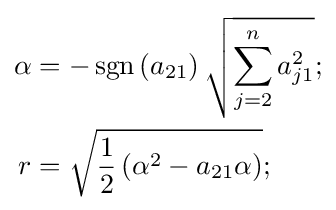
{\begin{aligned}\alpha &=-\operatorname {sgn} \left(a_{21}\right){\sqrt {\sum _{j=2}^{n}a_{j1}^{2}}};\\r&={\sqrt {{\frac {1}{2}}\left(\alpha ^{2}-a_{21}\alpha \right)}};\end{aligned}}